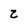
Character: 2